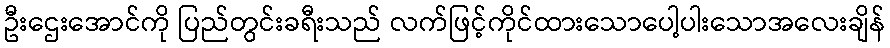
ဦးဌေးအောင်ကို ပြည်တွင်းခရီးသည် လက်ဖြင့်ကိုင်ထားသောပေါ့ပါးသောအလေးချိန်